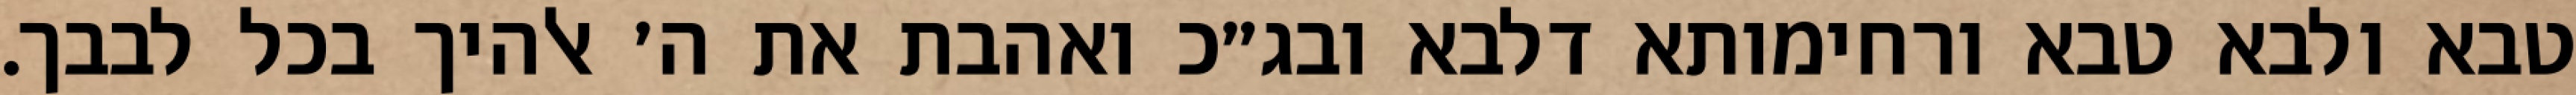
טבא ולבא טבא ורחימותא דלבא ובג״כ ואהבת את ה׳ אלהיך בכל לבבך.